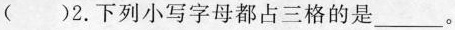
()2.下列小写字母都占三格的是___。